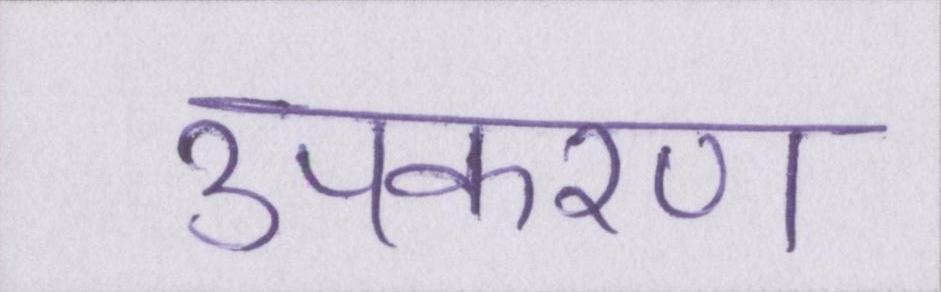
उपकरण